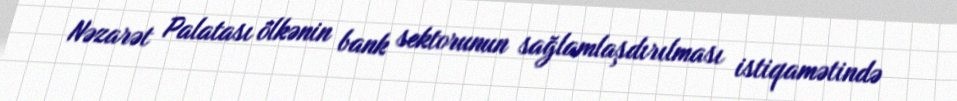
Nəzarət Palatası ölkənin bank sektorunun sağlamlaşdırılması istiqamətində